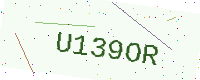
Text: U139OR